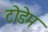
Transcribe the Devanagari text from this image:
टोडेम